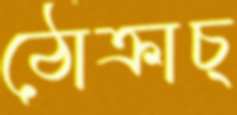
ঠোক্‌রাচ্